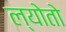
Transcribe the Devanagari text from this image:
ल्योतो